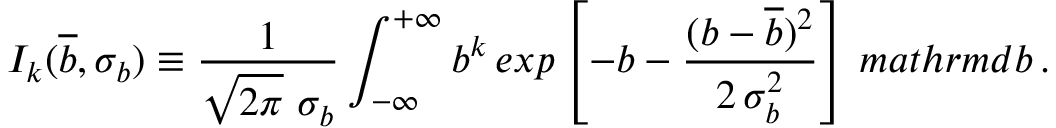
I _ { k } ( \overline { { { b } } } , \sigma _ { b } ) \equiv \frac { 1 } { \sqrt { 2 \pi } \ \sigma _ { b } } \int _ { - \infty } ^ { + \infty } b ^ { k } \, e x p \left[ - b - \frac { ( b - \overline { { { b } } } ) ^ { 2 } } { 2 \, \sigma _ { b } ^ { 2 } } \right] \, m a t h r m { d } b \, .